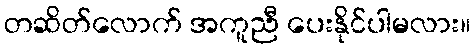
တဆိတ်လောက် အကူညီ ပေးနိုင်ပါမလား။